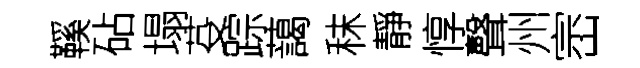
鞵砧塌芟踪藹秣靜惇聲州崈